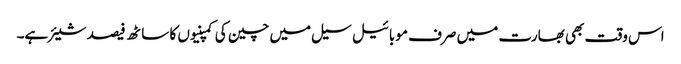
اس وقت بھی بھارت میں صرف موبائیل سیل میں چین کی کمپنیوں کا ساٹھ فیصد شیئر ہے۔